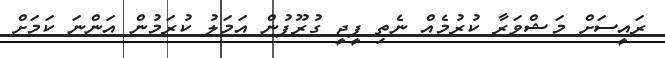
ރައީސަށް މަޝްވަރާ ކުރުމެއް ނެތި ޕީޖީ ގުރޫޕުން އަމަލު ކުރަމުން އަންނަ ކަމަށް